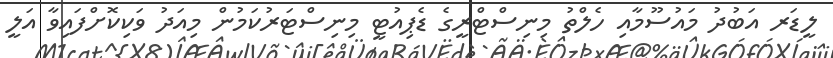
ލީޑަރ އަބުދު މައުސޫމާއި ހެލްތު މިނިސްޓްރީގެ ޑެޕިއުޓީ މިނިސްޓަރުކަމުން މިއަދު ވަކިކޮށްފައިވާ އަލީ